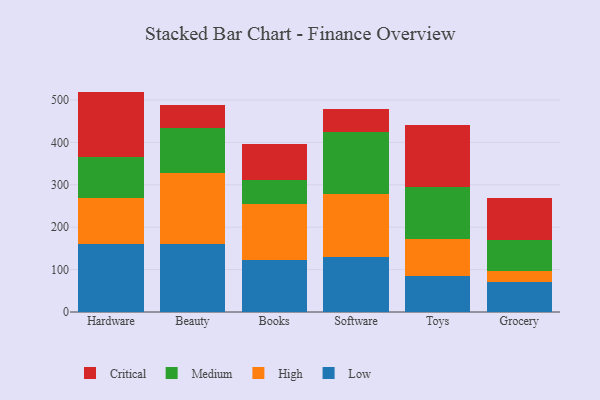
{"axis": {"x": "Category", "y": "Population (Million)"}, "legend": ["Critical", "High", "Low", "Medium"], "data": [{"x": "Hardware", "y": 161.4, "type": "Low"}, {"x": "Hardware", "y": 106.4, "type": "High"}, {"x": "Hardware", "y": 97.1, "type": "Medium"}, {"x": "Hardware", "y": 154.8, "type": "Critical"}, {"x": "Beauty", "y": 159.5, "type": "Low"}, {"x": "Beauty", "y": 167.6, "type": "High"}, {"x": "Beauty", "y": 107.4, "type": "Medium"}, {"x": "Beauty", "y": 54.3, "type": "Critical"}, {"x": "Books", "y": 123.2, "type": "Low"}, {"x": "Books", "y": 132.5, "type": "High"}, {"x": "Books", "y": 54.6, "type": "Medium"}, {"x": "Books", "y": 87.0, "type": "Critical"}, {"x": "Software", "y": 130.0, "type": "Low"}, {"x": "Software", "y": 149.3, "type": "High"}, {"x": "Software", "y": 146.2, "type": "Medium"}, {"x": "Software", "y": 53.2, "type": "Critical"}, {"x": "Toys", "y": 84.3, "type": "Low"}, {"x": "Toys", "y": 88.7, "type": "High"}, {"x": "Toys", "y": 121.6, "type": "Medium"}, {"x": "Toys", "y": 146.4, "type": "Critical"}, {"x": "Grocery", "y": 71.6, "type": "Low"}, {"x": "Grocery", "y": 24.8, "type": "High"}, {"x": "Grocery", "y": 74.4, "type": "Medium"}, {"x": "Grocery", "y": 97.1, "type": "Critical"}]}